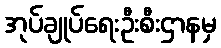
အုပ်ချုပ်ရေးဦးစီးဌာနမှ